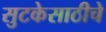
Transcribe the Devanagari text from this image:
सुटकेसाठीचे